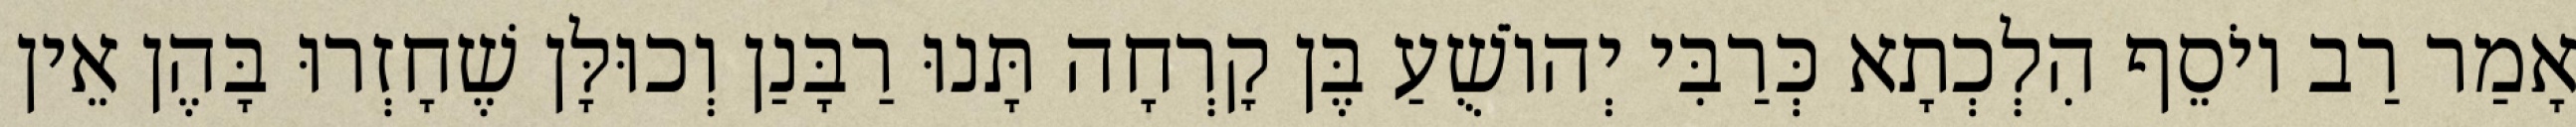
אָמַר רַב יוֹסֵף הִלְכְתָא כְּרַבִּי יְהוֹשֻׁעַ בֶּן קׇרְחָה תָּנוּ רַבָּנַן וְכוּלָּן שֶׁחָזְרוּ בָּהֶן אֵין